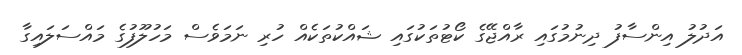
އަދުލު އިންސާފު ދިނުމުގައި ރާއްޖޭގެ ކޯޓުތަކުގައި ޝައްކުތަކެއް ހުރި ނަމަވެސް މަހުލޫފުގެ މައްސަލައިގާ